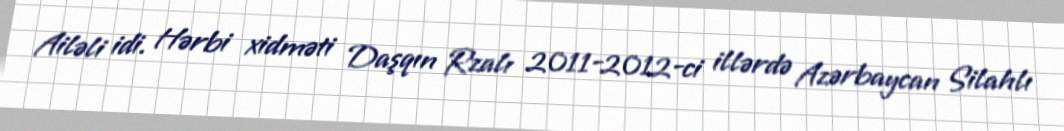
Ailəli idi. Hərbi xidməti Daşqın Rzalı 2011-2012-ci illərdə Azərbaycan Silahlı